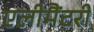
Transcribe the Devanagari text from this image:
एलीमैंटरी